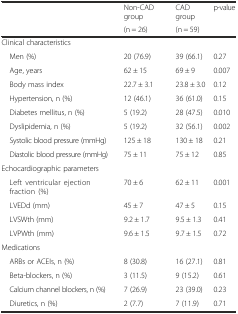
<table><thead><tr><td rowspan="2"></td><td><b>Non-CAD group</b></td><td><b>CAD group</b></td><td rowspan="2"><b>p-value</b></td></tr><tr><td><b>(n = 26)</b></td><td><b>(n = 59)</b></td></tr></thead><tbody><tr><td colspan="4">Clinical characteristics</td></tr><tr><td> Men (%)</td><td>20 (76.9)</td><td>39 (66.1)</td><td>0.27</td></tr><tr><td> Age, years</td><td>62 ± 15</td><td>69 ± 9</td><td>0.007</td></tr><tr><td> Body mass index</td><td>22.7 ± 3.1</td><td>23.8 ± 3.0</td><td>0.12</td></tr><tr><td> Hypertension, n (%)</td><td>12 (46.1)</td><td>36 (61.0)</td><td>0.15</td></tr><tr><td> Diabetes mellitus, n (%)</td><td>5 (19.2)</td><td>28 (47.5)</td><td>0.010</td></tr><tr><td> Dyslipidemia, n (%)</td><td>5 (19.2)</td><td>32 (56.1)</td><td>0.002</td></tr><tr><td> Systolic blood pressure (mmHg)</td><td>125 ± 18</td><td>130 ± 18</td><td>0.21</td></tr><tr><td> Diastolic blood pressure (mmHg)</td><td>75 ± 11</td><td>75 ± 12</td><td>0.85</td></tr><tr><td colspan="4">Echocardiographic parameters</td></tr><tr><td> Left ventricular ejection fraction (%)</td><td>70 ± 6</td><td>62 ± 11</td><td>0.001</td></tr><tr><td> LVEDd (mm)</td><td>45 ± 7</td><td>47 ± 5</td><td>0.15</td></tr><tr><td> LVSWth (mm)</td><td>9.2 ± 1.7</td><td>9.5 ± 1.3</td><td>0.41</td></tr><tr><td> LVPWth (mm)</td><td>9.6 ± 1.5</td><td>9.7 ± 1.5</td><td>0.72</td></tr><tr><td colspan="4">Medications</td></tr><tr><td> ARBs or ACEIs, n (%)</td><td>8 (30.8)</td><td>16 (27.1)</td><td>0.81</td></tr><tr><td> Beta-blockers, n (%)</td><td>3 (11.5)</td><td>9 (15.2)</td><td>0.61</td></tr><tr><td> Calcium channel blockers, n (%)</td><td>7 (26.9)</td><td>23 (39.0)</td><td>0.23</td></tr><tr><td> Diuretics, n (%)</td><td>2 (7.7)</td><td>7 (11.9)</td><td>0.71</td></tr></tbody></table>